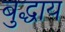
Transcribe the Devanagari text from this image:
बुद्धाय